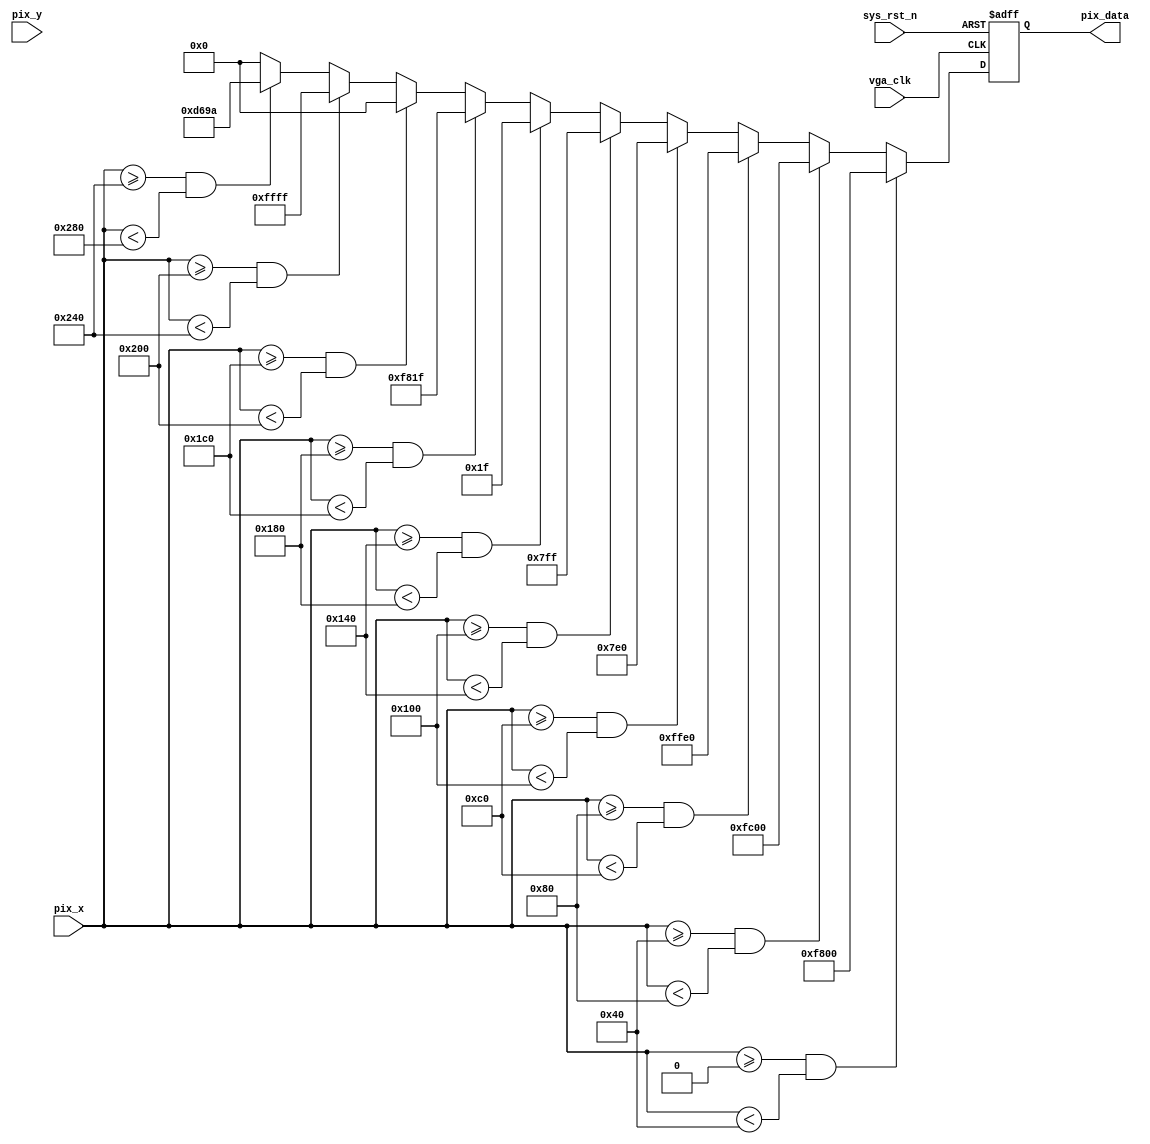
`timescale  1ns/1ns
////////////////////////////////////////////////////////////////////////
// Module Name   : vga_pic
// Project Name  : vga_colorbar
// Target Devices: Altera EP4CE10F17C8N
// Tool Versions : Quartus 13.0
// Description   : 
// 
// Revision      : V1.0
// Additional Comments:
// 
// : _Pro_FPGA
//     : http://www.embedfire.com
//     : http://www.firebbs.cn
//     : https://fire-stm32.taobao.com
////////////////////////////////////////////////////////////////////////

module  vga_pic
(
    input   wire            vga_clk     ,   //,25MHz
    input   wire            sys_rst_n   ,   //,
    input   wire    [9:0]   pix_x       ,   //VGAX
    input   wire    [9:0]   pix_y       ,   //VGAY

    output  reg     [15:0]  pix_data        //
);

//********************************************************************//
//****************** Parameter and Internal Signal *******************//
//********************************************************************//
//parameter define
parameter   H_VALID =   10'd640 ,   //
            V_VALID =   10'd480 ;   //

parameter   RED     =   16'hF800,   //
            ORANGE  =   16'hFC00,   //
            YELLOW  =   16'hFFE0,   //
            GREEN   =   16'h07E0,   //
            CYAN    =   16'h07FF,   //
            BLUE    =   16'h001F,   //
            PURPPLE =   16'hF81F,   //
            BLACK   =   16'h0000,   //
            WHITE   =   16'hFFFF,   //
            GRAY    =   16'hD69A;   //

//********************************************************************//
//***************************** Main Code ****************************//
//********************************************************************//

//pix_data:,
always@(posedge vga_clk or negedge sys_rst_n)
    if(sys_rst_n == 1'b0)
        pix_data    <= 16'd0;
    else    if((pix_x >= 0) && (pix_x < (H_VALID/10)*1))
        pix_data    <=  RED;
    else    if((pix_x >= (H_VALID/10)*1) && (pix_x < (H_VALID/10)*2))
        pix_data    <=  ORANGE;
    else    if((pix_x >= (H_VALID/10)*2) && (pix_x < (H_VALID/10)*3))
        pix_data    <=  YELLOW;
    else    if((pix_x >= (H_VALID/10)*3) && (pix_x < (H_VALID/10)*4))
        pix_data    <=  GREEN;
    else    if((pix_x >= (H_VALID/10)*4) && (pix_x < (H_VALID/10)*5))
        pix_data    <=  CYAN;
    else    if((pix_x >= (H_VALID/10)*5) && (pix_x < (H_VALID/10)*6))
        pix_data    <=  BLUE;
    else    if((pix_x >= (H_VALID/10)*6) && (pix_x < (H_VALID/10)*7))
        pix_data    <=  PURPPLE;
    else    if((pix_x >= (H_VALID/10)*7) && (pix_x < (H_VALID/10)*8))
        pix_data    <=  BLACK;
    else    if((pix_x >= (H_VALID/10)*8) && (pix_x < (H_VALID/10)*9))
        pix_data    <=  WHITE;
    else    if((pix_x >= (H_VALID/10)*9) && (pix_x < H_VALID))
        pix_data    <=  GRAY;
    else
        pix_data    <=  BLACK;

endmodule